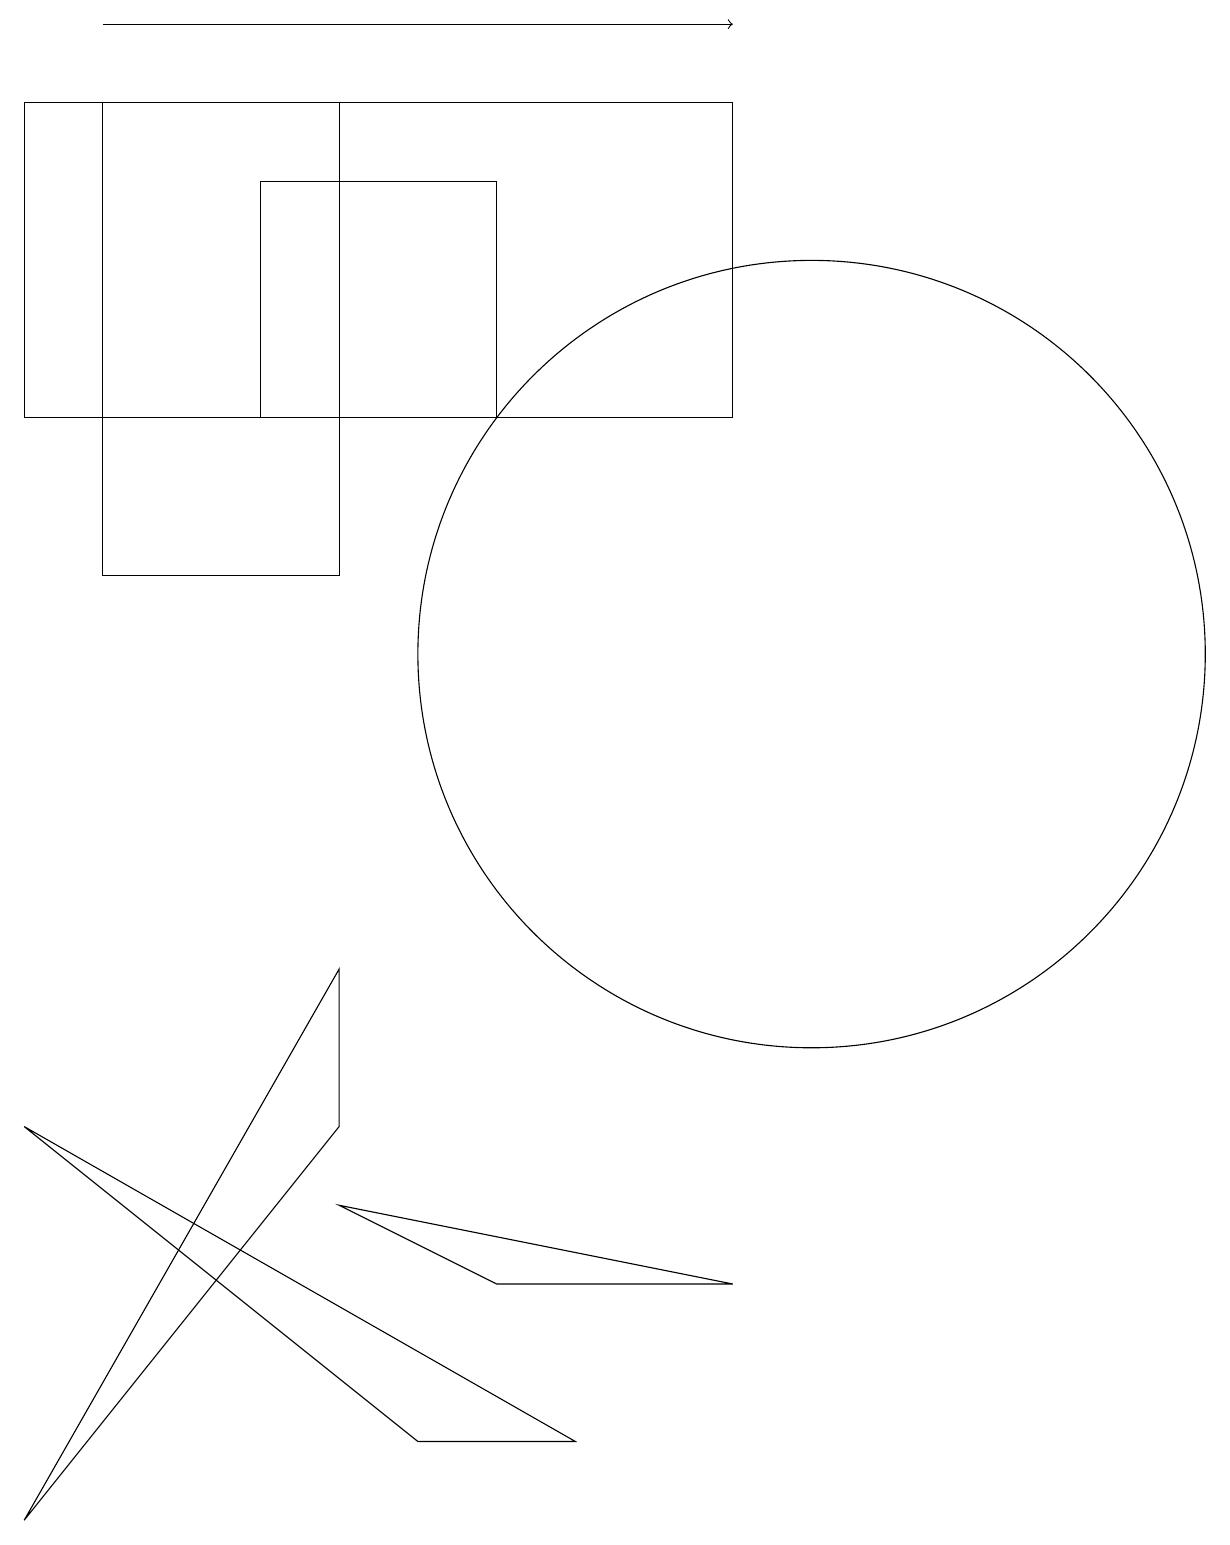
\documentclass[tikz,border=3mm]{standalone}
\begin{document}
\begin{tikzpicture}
\draw (9,18) rectangle (0,14);
\draw (3,17) rectangle (6,14);
\draw (10,11) circle (5);
\draw (5,1) -- (7,1) -- (0,5) -- cycle;
\draw (4,18) rectangle (1,12);
\draw[->] (1,19) -- (9,19);
\draw (0,0) -- (4,5) -- (4,7) -- cycle;
\draw (6,3) -- (4,4) -- (9,3) -- cycle;
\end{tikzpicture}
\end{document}